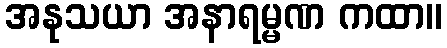
အနုသယာ အနာရမ္မဏ ကထာ။